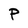
Character: P